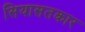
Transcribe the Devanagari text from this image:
सियासतकार